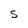
Character: S